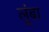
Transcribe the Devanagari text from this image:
लूंबा